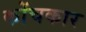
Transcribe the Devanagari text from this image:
कोंचकार